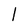
Character: l